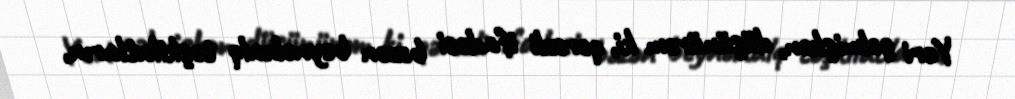
Yeri gəlmişkən, düşünürəm ki, qərəzli ifadəsi bəzən beynəlxalq təşkilatların,